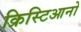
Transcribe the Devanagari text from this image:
क्रिस्टिआनो